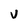
Character: v